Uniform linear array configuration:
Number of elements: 48
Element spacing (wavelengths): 0.25
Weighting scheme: exponential
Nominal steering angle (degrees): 45
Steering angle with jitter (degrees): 46.173
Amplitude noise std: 0.05
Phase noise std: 0.05

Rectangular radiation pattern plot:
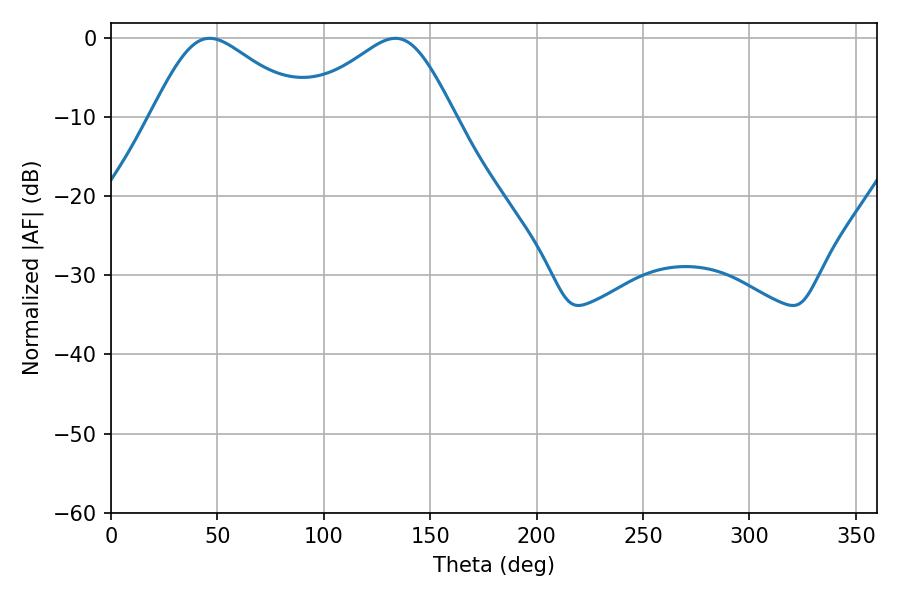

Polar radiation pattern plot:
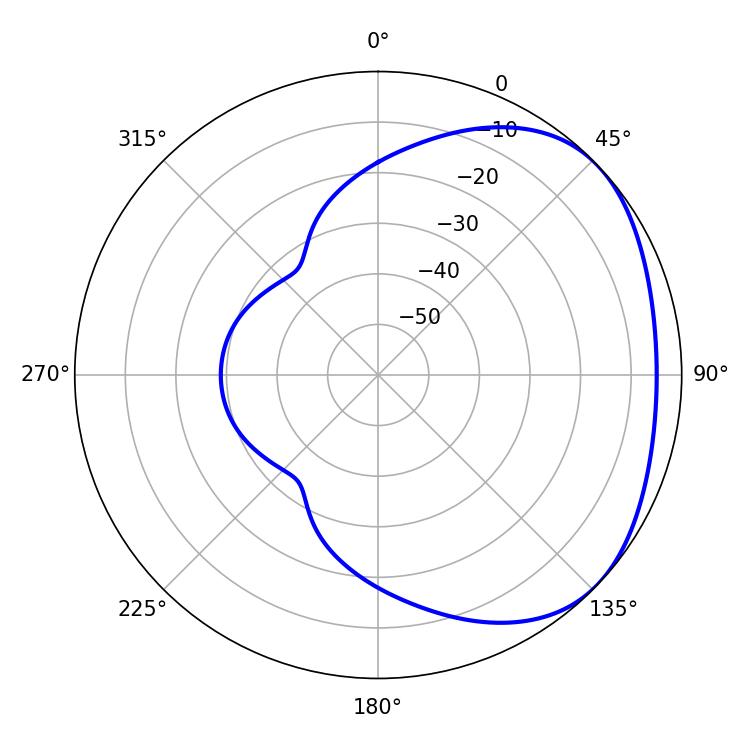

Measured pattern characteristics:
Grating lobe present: FALSE
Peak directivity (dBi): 2.658
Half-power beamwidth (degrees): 36.18
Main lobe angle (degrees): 46.44